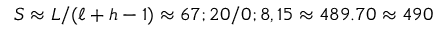
S \approx L / ( \ell + h - 1 ) \approx 6 7 ; 2 0 / 0 ; 8 , 1 5 \approx 4 8 9 . 7 0 \approx 4 9 0